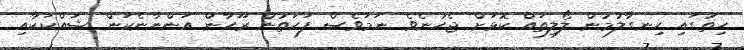
ހިތުގައި ހިނގާލުމުން ލޯލިތައް ކޮޅަށް ޖެހުނެވެ. ނަމަވެސް ފަހަތުން ރޫހާން އަންނާނެކަން ޝައްކަކާއި